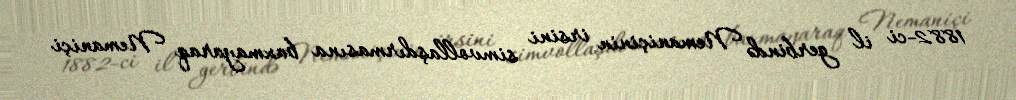
1882-ci il gerbində Nemaniçinin irsini simvollaşdırmasına baxmayaraq Nemaniçi